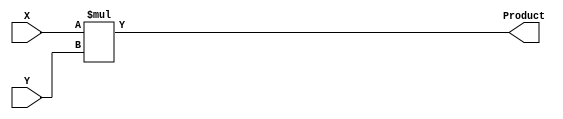
module mult_4( X, Y, Product);
input [3 : 0] X, Y; 
output [7 : 0]  Product; 
 
assign    Product = X *  Y; 
 
endmodule 
//  8 
module mult_8( X, Y, Product); 
input [7 : 0] X, Y; 
output [15 : 0]  Product; 
 
assign    Product = X * Y; 
 
endmodule